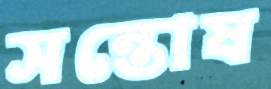
সন্তোষ